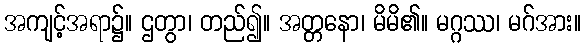
အကျင့်အရာ၌။ ဌတွာ၊ တည်၍။ အတ္တနော၊ မိမိ၏။ မဂ္ဂဿ၊ မဂ်အား။